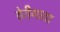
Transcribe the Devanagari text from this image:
ठेरीगाठा